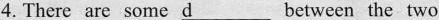
4.There are some \underline{d} between the two